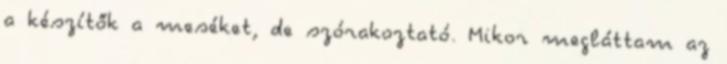
a készítők a meséket, de szórakoztató. Mikor megláttam az